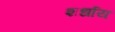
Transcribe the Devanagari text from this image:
शर्धाय